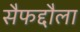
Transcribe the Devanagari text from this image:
सैफद्दौला